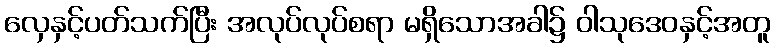
လှေနှင့်ပတ်သက်ပြီး အလုပ်လုပ်စရာ မရှိသောအခါ၌ ဝါသုဒေဝနှင့်အတူ